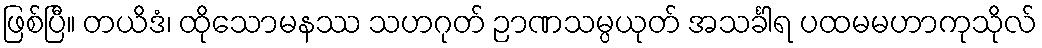
ဖြစ်ပြီ။ တယိဒံ၊ ထိုသောမနဿ သဟဂုတ် ဉာဏသမ္ပယုတ် အသင်္ခါရ ပထမမဟာကုသိုလ်